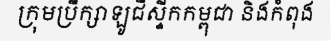
ក្រុមប្រឹក្សាឡូជីស្ទីកកម្ពុជា និងកំពុង